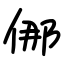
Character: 㑚